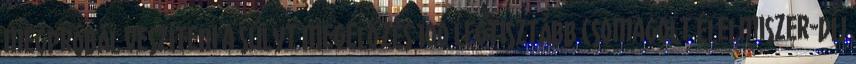
megpróbál veszíteni a súlyt Megelőzés 100 Legtisztább csomagolt élelmiszer-díj